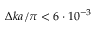
\Delta k a / \pi < 6 \cdot 1 0 ^ { - 3 }